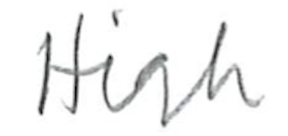
Text: High
Cross-out: clean
Writing tool: pencil